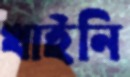
খাইনি